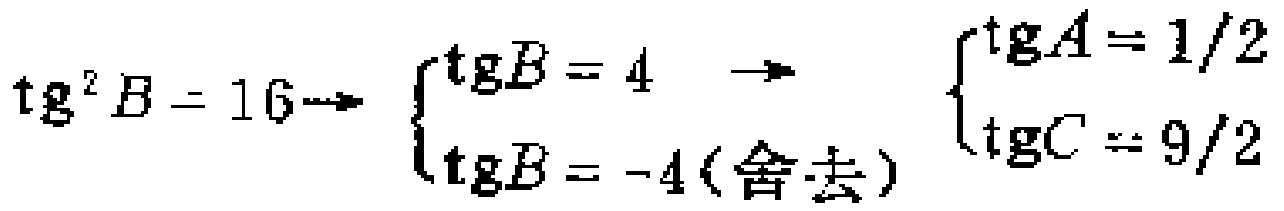
\(\text{tg}^{2}B = 16\Rightarrow \begin{cases}\text{tg}B = 4\\\text{tg}B = -4(\text{舍去})\end{cases}\Rightarrow \begin{cases}\text{tg}A = 1/2\\\text{tg}C = 9/2\end{cases}\)